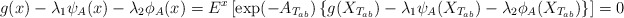
\begin{align*}g(x)-\lambda_1 \psi_A(x)-\lambda_2 \phi_A(x)=E^x\left[\exp(-A_{T_{ab}})\left\{g(X_{T_{ab}})- \lambda_1 \psi_A(X_{T_{ab}})-\lambda_2 \phi_A(X_{T_{ab}})\right\}\right]=0\end{align*}